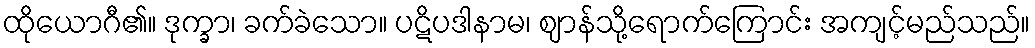
ထိုယောဂီ၏။ ဒုက္ခာ၊ ခက်ခဲသော။ ပဋိပဒါနာမ၊ ဈာန်သို့ရောက်ကြောင်း အကျင့်မည်သည်။